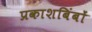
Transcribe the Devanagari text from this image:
प्रकाशबिंबों